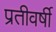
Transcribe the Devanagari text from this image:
प्रतीवर्षी